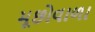
મૂછોવાળા